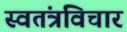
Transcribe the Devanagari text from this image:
स्वतंत्रविचार